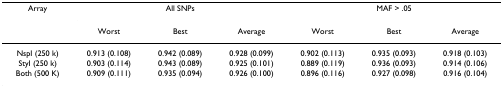
| Array | <COLSPAN=3> All SNPs | <COLSPAN=3> MAF > .05 |
 |  | Worst | Best | Average | Worst | Best | Average |
 | --- | --- | --- | --- | --- | --- | --- |
 | NspI (250 k) | 0.913 (0.108) | 0.942 (0.089) | 0.928 (0.099) | 0.902 (0.113) | 0.935 (0.093) | 0.918 (0.103) |
 | StyI (250 k) | 0.903 (0.114) | 0.943 (0.089) | 0.925 (0.101) | 0.889 (0.119) | 0.936 (0.093) | 0.914 (0.106) |
 | Both (500 K) | 0.909 (0.111) | 0.935 (0.094) | 0.926 (0.100) | 0.896 (0.116) | 0.927 (0.098) | 0.916 (0.104) |